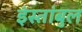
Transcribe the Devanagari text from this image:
इंस्तांबुल